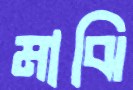
মাঝি